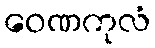
ဝေဏကုလံ